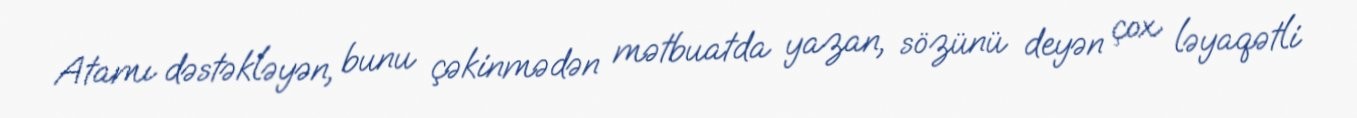
Atamı dəstəkləyən, bunu çəkinmədən mətbuatda yazan, sözünü deyən çox ləyaqətli